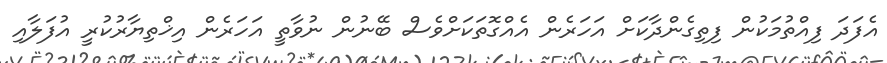
އެފަދަ ފިއްތުމަކުން ފިތިގެންދާކަށް އަހަރެން އެއްގޮތަކަށްވެސް ބޭނުން ނުވާތީ އަހަރެން އިޚްތިޔާރުކުރީ އުފަލާއި